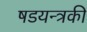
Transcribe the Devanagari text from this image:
षडयन्त्रकी